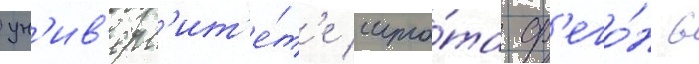
ун'ив'ерс'ит'е́т'е шта́та ор'его́н в